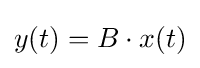
y(t)=B\cdot x(t)